Lunatic asylums Burma 1907-21 - 1907-1921
Year: 1907
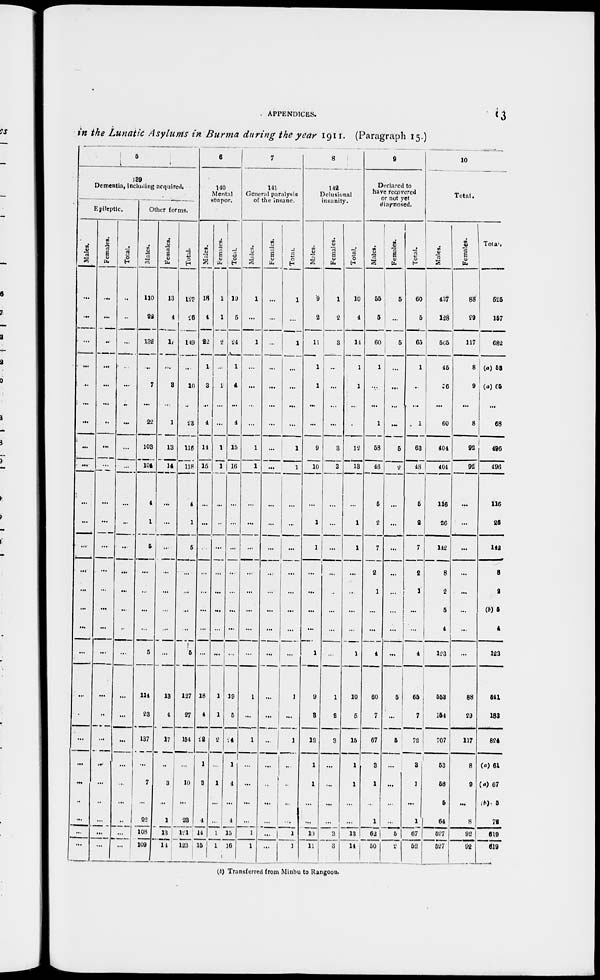
APPENDICES.
13
in the Lunatic Asylums in Burma during the year 1911. (Paragraph 15.)
5
139
Dementia, including acquired.
Epileptic.
Males.
...
...
...
...
...
...
...
...
...
...
...
...
...
...
...
...
...
...
...
...
...
...
...
...
...
...
Females.
...
...
...
...
...
...
...
...
...
...
...
...
...
...
...
...
...
...
...
...
...
...
...
...
...
...
Total.
...
...
...
...
...
...
...
...
...
...
...
...
...
...
...
...
...
...
...
...
...
...
...
...
...
Other forms.
Males.
110
22
132
...
7
...
22
103
104
4
1
5
...
...
...
...
5
114
23
137
...
7
...
22
108
109
Females.
13
4
17
...
3
....
1
13
14
...
...
...
...
...
...
...
...
13
4
17
...
3
...
1
13
1 4
Total.
125
26
149
...
10
...
23
116
118
4
1
5
...
...
...
...
5
127
27
154
...
10
...
23
121
123
6
140
Mental
stupor.
Males.
18
4
22
1
3
...
4
14
15
...
...
...
...
...
...
...
...
18
4
22
1
3
...
4
14
15
Females.
1
1
2
...
1
...
...
1
1
...
...
...
...
...
...
...
...
1
1
2
...
1
...
...
1
1
Total.
19
5
24
1
4
...
4
15
16
...
...
...
...
...
...
...
...
19
5
14
1
4
...
4
15
16
7
141
General paralysis
of the insane.
Males.
1
...
1
...
...
...
...
1
1
...
...
...
...
...
...
...
...
1
...
1
...
...
...
...
1
1
Females.
...
...
...
...
...
...
...
...
...
...
...
...
...
...
...
...
...
...
...
...
...
...
...
...
...
Total.
1
...
1
...
...
...
...
1
1
...
...
...
...
...
...
...
...
1
...
1
...
...
...
1
1
8
142
Delusional
insanity.
Males.
9
2
11
1
1
...
...
9
10
...
1
1
...
...
...
...
1
9
3
12
1
1
...
...
10
11
Females.
1
2
3
...
...
...
...
3
3
...
...
...
...
...
...
...
...
1
2
3
...
...
...
...
3
3
Total.
10
4
14
1
1
...
...
12
13
...
1
1
...
...
...
...
1
10
5
15
1
1
...
...
13
14
9
Declared to
have recovered
or not yet
diagnosed.
Males.
55
5
60
1
...
...
1
58
46
5
2
7
2
1
...
...
4
60
7
67
3
1
...
1
62
50
Females.
5
...
5
...
...
...
...
5
2
...
...
...
...
...
...
...
...
5
...
5
...
...
...
...
5
2
Total.
60
5
65
1
...
...
1
63
48
5
2
7
2
1
...
...
4
65
7
72
3
1
...
1
67
52
10
Total.
Males.
437
128
565
45
56
...
60
404
404
116
26
142
8
2
5
4
123
553
154
707
53
58
5
64
527
527
Females.
88
29
117
8
9
...
8
92
92
...
...
...
...
...
...
...
...
88
29
117
8
9
...
8
92
92
Total.
525
157
682
(a) 53
(a)65
...
68
496
496
116
26
142
8
2
(b)5
4
123
641
183
824
(a) 61
(a) 67
(b)5
72
619
619
(b) Transferred from Minbu to Rangoon.